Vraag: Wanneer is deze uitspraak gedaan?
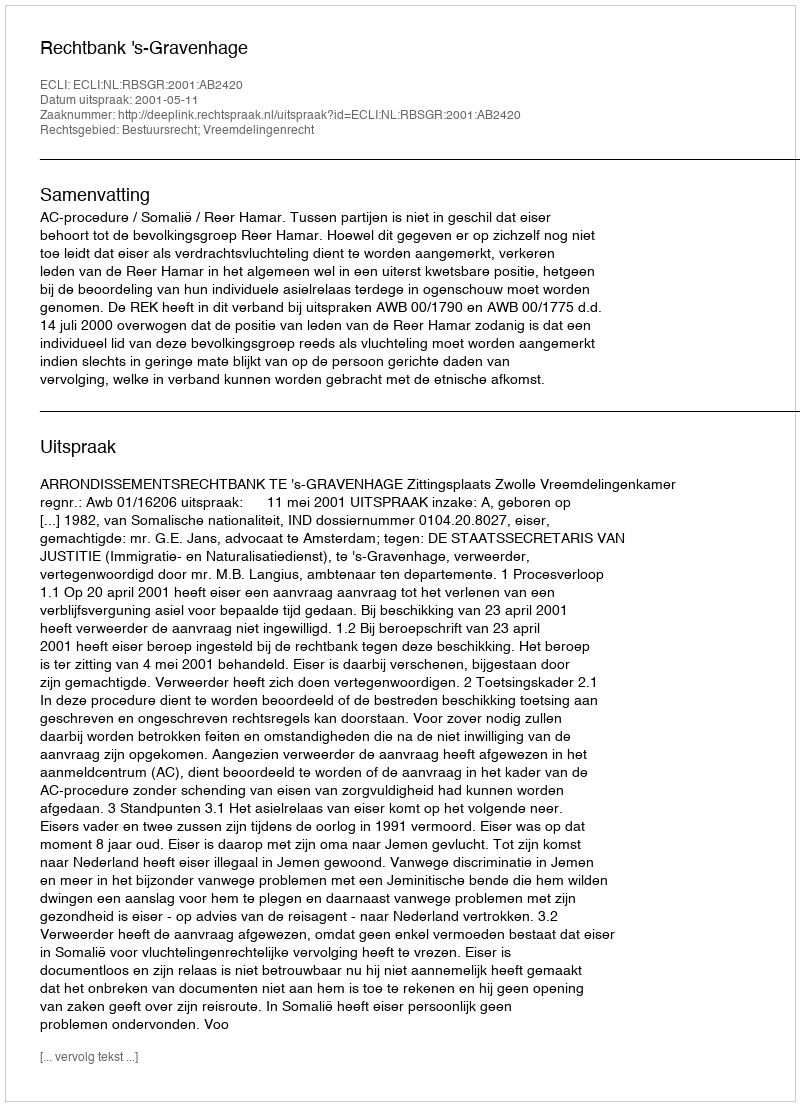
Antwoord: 2001-05-11